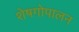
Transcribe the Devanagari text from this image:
शेषगोपालन